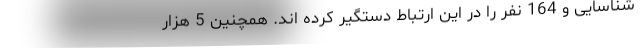
شناسایی و 164 نفر را در این ارتباط دستگیر کرده اند. همچنین 5 هزار